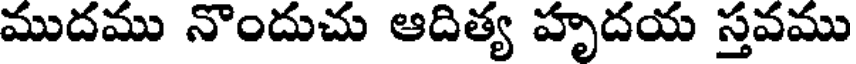
ముదము నొందుచు ఆదిత్య హృదయ స్తవము